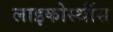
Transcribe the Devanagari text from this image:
लाइकोस्थींस